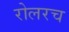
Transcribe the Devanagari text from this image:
रोलरच